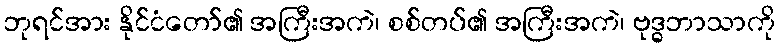
ဘုရင်အား နိုင်ငံတော်၏ အကြီးအကဲ၊ စစ်တပ်၏ အကြီးအကဲ၊ ဗုဒ္ဓဘာသာကို